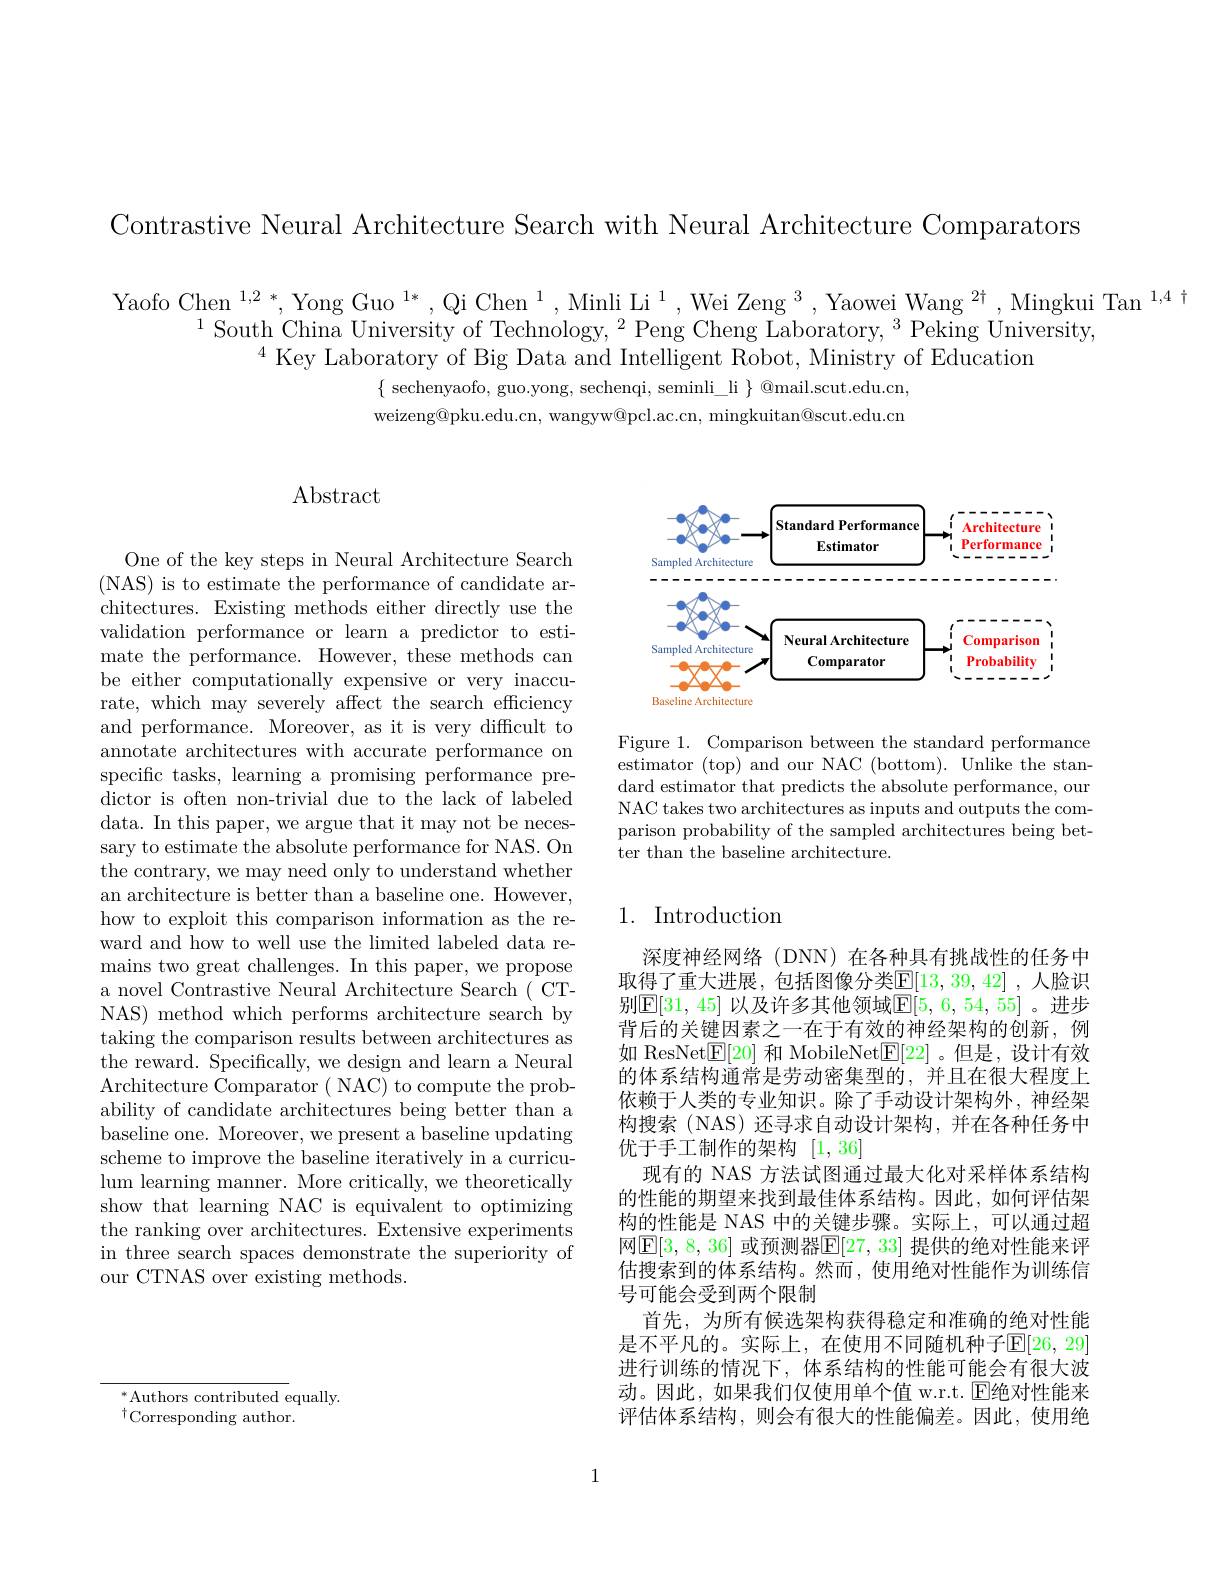
Contrastive Neural Architecture Search with Neural Architecture Comparators

Yaofo Chen $^1,2*$, Yong Guo $^{1*},\text{Qi Chen}^{1},\text{Minli Li}^{1}$, Wei Zeng$^3$,Yaowei Wang$^2\dagger$,Mingkui Tan$^{1,4}$
$^{1}$South China University of Technology, $^2$Peng Cheng Laboratory, $^3$ Peking University,
$^{4}$ Key Laboratory of Big Data and Intelligent Robot, Ministry of Education
$\{$ sechenyaofo, guo.yong, sechenqi, seminli\_li $\}$ @mail.scut.edu.cn, weizeng@pku.edu.cn, wangyw@pcl.ac.cn, mingkuitan@scut.edu.cn

## $\operatorname{Abstract}$

One of the key steps in Neural Architecture Search ( NAS) is to estimate the performance of candidate ar- chitectures. Existing methods either directly use the validation performance or learn a predictor to estimate the performance. However, these methods can be either computationally expensive or very inaccurate, which may severely affect the search efficiency and performance. Moreover, as it is very difficult to annotate architectures with accurate performance on specific tasks, learning a promising performance predictor is often non-trivial due to the lack of labeled data. In this paper, we argue that it may not be necessary to estimate the absolute performance for NAS. On the contrary, we may need only to understand whether an architecture is better than a baseline one. However, how to exploit this comparison information as the reward and how to well use the limited labeled data remains two great challenges. In this paper, we propose a novel Contrastive Neural Architecture Search ( CTNAS) method which performs architecture search by taking the comparison results between architectures as the reward. Specifically, we design and learn a Neural Architecture Comparator ( NAC) to compute the probability of candidate architectures being better than a baseline one. Moreover, we present a baseline updating scheme to improve the baseline iteratively in a curriculum learning manner. More critically, we theoretically show that learning NAC is equivalent to optimizing the ranking over architectures. Extensive experiments in three search spaces demonstrate the superiority of our CTNAS over existing methods.

<FigureHere>

Figure 1. Comparison between the standard performance estimator (top) and our NAC (bottom). Unlike the standard estimator that predicts the absolute performance, our NAC takes two architectures as inputs and outputs the comparison probability of the sampled architectures being better than the baseline architecture.

## 1. Introduction

深度神经网络(DNN)在各种具有挑战性的任务中取得了重大进展，包括图像分类$\mathbb{E}[13,39,42]$ ,人脸识别$\mathbb{E}[31,45]$ 以及许多其他领域$\mathbb{E}[5,6,54,55]$。进步背后的关键因素之一在于有效的神经架构的创新，例如 ResNet$\boxed{\mathbb{F}}[20]$和 MobileNet$\boxed{\mathbb{E}}[22]$ 。但是，设计有效的体系结构通常是劳动密集型的，并且在很大程度上依赖于人类的专业知识。除了手动设计架构外，神经架构搜索(NAS)还寻求自动设计架构，并在各种任务中优于手工制作的架构[1,36]
现有的 NAS 方法试图通过最大化对采样体系结构的性能的期望来找到最佳体系结构。因此，如何评估架构的性能是 NAS 中的关键步骤。实际上，可以通过超网$\mathbb{E}[3,8,36]$ 或预测器$\mathbb{E}[27,33]$ 提供的绝对性能来评估搜索到的体系结构。然而，使用绝对性能作为训练信号可能会受到两个限制
首先，为所有候选架构获得稳定和准确的绝对性能是不平凡的。实际上，在使用不同随机种子$\mathbb{E}[26,29]$ 进行训练的情况下，体系结构的性能可能会有很大波动。因此，如果我们仅使用单个值 w.r.t. E绝对性能来评估体系结构，则会有很大的性能偏差。因此，使用绝

$^*$Authors contributed equally.
$^{\dagger}$Corresponding author.

1